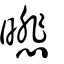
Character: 𣊾